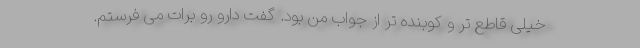
خیلی قاطع تر و کوبنده تر از جواب من بود. گفت دارو رو برات می فرستم.